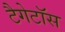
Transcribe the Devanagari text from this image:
टैगेटॉस